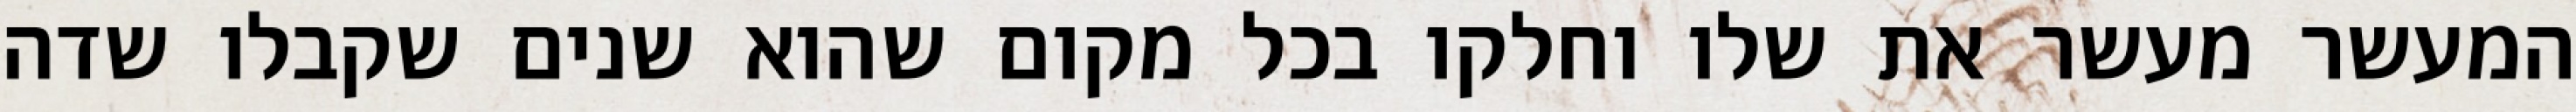
המעשר מעשר את שלו וחלקו בכל מקום שהוא שנים שקבלו שדה